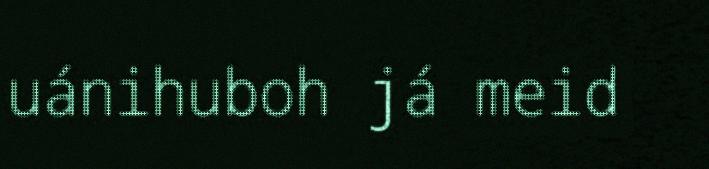
uánihuboh já meid